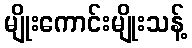
မျိုးကောင်းမျိုးသန့်